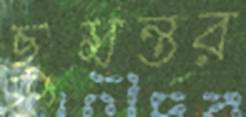
ছুমন্তর